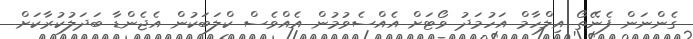
ގެންނަން ފެނޭތޯ އިލްހާމް އަހުމަދު ވޯޓަށް އެއްސެވުމުން އެއްވެސް ކްލަބަކުން އެޖެންޑާ ބަދަލުކުރާކަށް